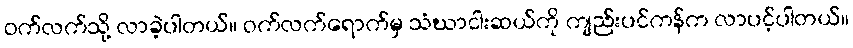
ဝက်လက်သို့ လာခဲ့ပါတယ်။ ဝက်လက်ရောက်မှ သံဃာငါးဆယ်ကို ကျည်းပင်ကန်က လာပင့်ပါတယ်။